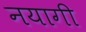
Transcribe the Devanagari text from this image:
नयागी